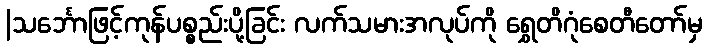
|သင်္ဘောဖြင့်ကုန်ပစ္စည်းပို့ခြင်း လက်သမားအလုပ်ကို ရွှေတိဂုံစေတီတော်မှ